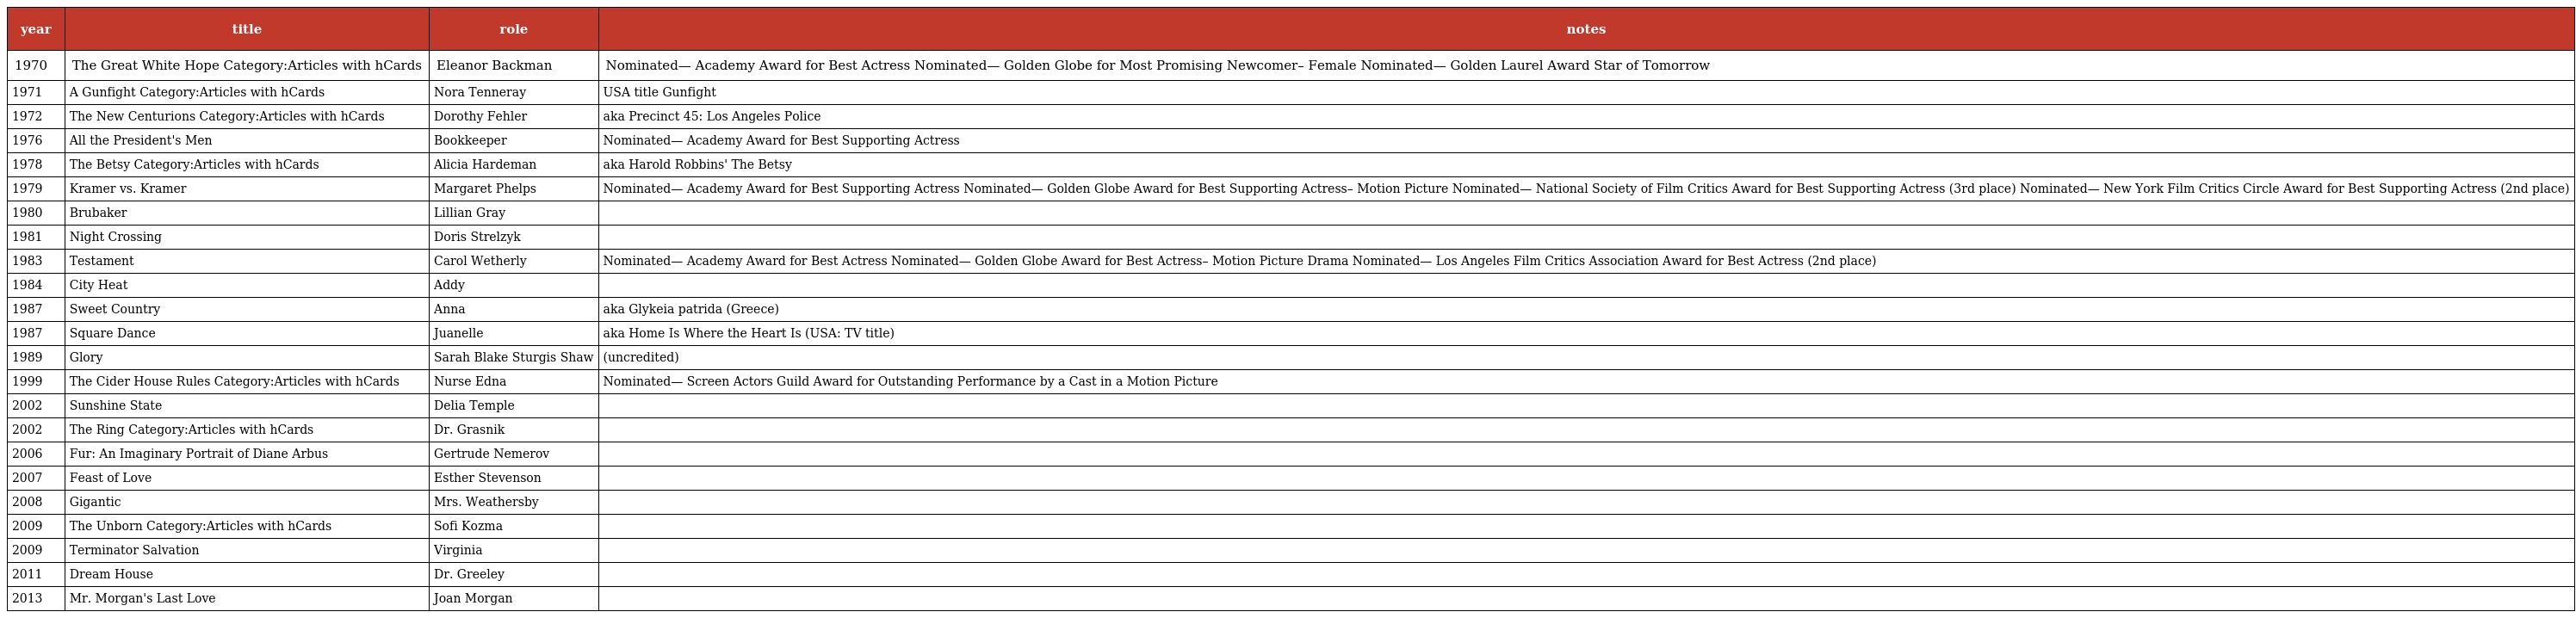
| year | title | role | notes |
 | --- | --- | --- | --- |
 | 1970 | The Great White Hope Category:Articles with hCards | Eleanor Backman | Nominated— Academy Award for Best Actress Nominated— Golden Globe for Most Promising Newcomer– Female Nominated— Golden Laurel Award Star of Tomorrow |
 | 1971 | A Gunfight Category:Articles with hCards | Nora Tenneray | USA title Gunfight |
 | 1972 | The New Centurions Category:Articles with hCards | Dorothy Fehler | aka Precinct 45: Los Angeles Police |
 | 1976 | All the President's Men | Bookkeeper | Nominated— Academy Award for Best Supporting Actress |
 | 1978 | The Betsy Category:Articles with hCards | Alicia Hardeman | aka Harold Robbins' The Betsy |
 | 1979 | Kramer vs. Kramer | Margaret Phelps | Nominated— Academy Award for Best Supporting Actress Nominated— Golden Globe Award for Best Supporting Actress– Motion Picture Nominated— National Society of Film Critics Award for Best Supporting Actress (3rd place) Nominated— New York Film Critics Circle Award for Best Supporting Actress (2nd place) |
 | 1980 | Brubaker | Lillian Gray |  |
 | 1981 | Night Crossing | Doris Strelzyk |  |
 | 1983 | Testament | Carol Wetherly | Nominated— Academy Award for Best Actress Nominated— Golden Globe Award for Best Actress– Motion Picture Drama Nominated— Los Angeles Film Critics Association Award for Best Actress (2nd place) |
 | 1984 | City Heat | Addy |  |
 | 1987 | Sweet Country | Anna | aka Glykeia patrida (Greece) |
 | 1987 | Square Dance | Juanelle | aka Home Is Where the Heart Is (USA: TV title) |
 | 1989 | Glory | Sarah Blake Sturgis Shaw | (uncredited) |
 | 1999 | The Cider House Rules Category:Articles with hCards | Nurse Edna | Nominated— Screen Actors Guild Award for Outstanding Performance by a Cast in a Motion Picture |
 | 2002 | Sunshine State | Delia Temple |  |
 | 2002 | The Ring Category:Articles with hCards | Dr. Grasnik |  |
 | 2006 | Fur: An Imaginary Portrait of Diane Arbus | Gertrude Nemerov |  |
 | 2007 | Feast of Love | Esther Stevenson |  |
 | 2008 | Gigantic | Mrs. Weathersby |  |
 | 2009 | The Unborn Category:Articles with hCards | Sofi Kozma |  |
 | 2009 | Terminator Salvation | Virginia |  |
 | 2011 | Dream House | Dr. Greeley |  |
 | 2013 | Mr. Morgan's Last Love | Joan Morgan |  |